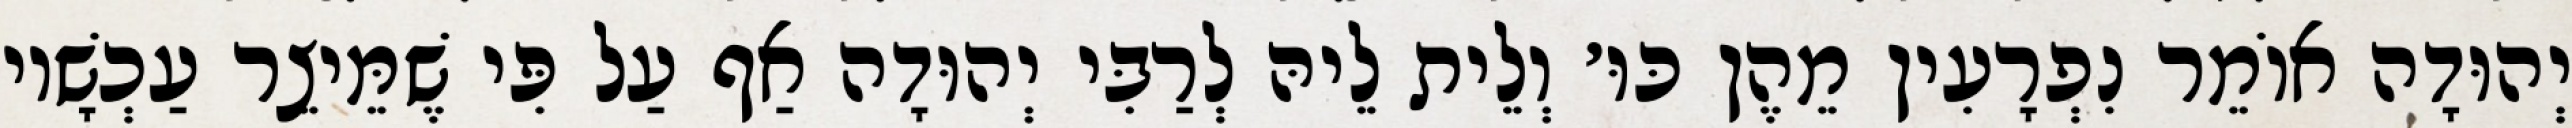
יְהוּדָה אוֹמֵר נִפְרָעִין מֵהֶן כּוּ׳ וְלֵית לֵיהּ לְרַבִּי יְהוּדָה אַף עַל פִּי שֶׁמֵּיצֵר עַכְשָׁיו